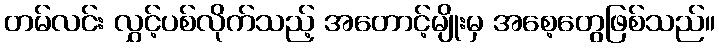
တမ်လင်း လွှင့်ပစ်လိုက်သည့် အတောင့်မျိုးမှ အစေ့တွေဖြစ်သည်။